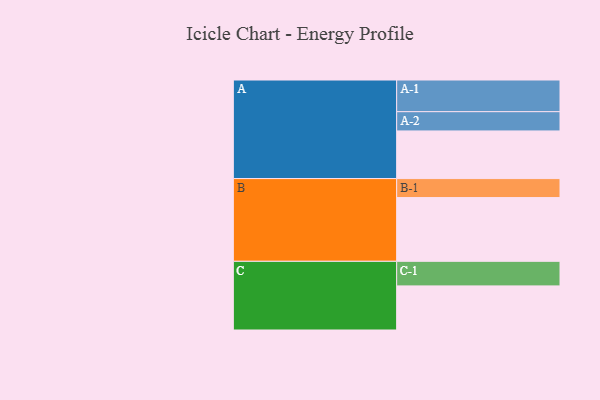
{"axis": {"x": "Segment", "y": "Value"}, "legend": ["", "A", "B", "C"], "data": [{"x": "A", "y": 376, "type": ""}, {"x": "B", "y": 503, "type": ""}, {"x": "C", "y": 348, "type": ""}, {"x": "A-1", "y": 250, "type": "A"}, {"x": "A-2", "y": 152, "type": "A"}, {"x": "B-1", "y": 150, "type": "B"}, {"x": "C-1", "y": 194, "type": "C"}]}